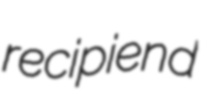
recipiend